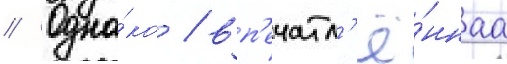
// Одна́ко / вп'ечатл'ё́ннаа